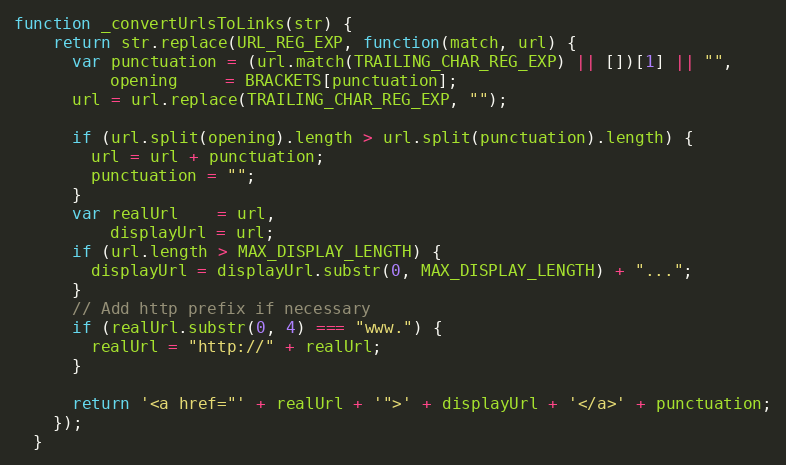
Language: JavaScript
function _convertUrlsToLinks(str) {
    return str.replace(URL_REG_EXP, function(match, url) {
      var punctuation = (url.match(TRAILING_CHAR_REG_EXP) || [])[1] || "",
          opening     = BRACKETS[punctuation];
      url = url.replace(TRAILING_CHAR_REG_EXP, "");

      if (url.split(opening).length > url.split(punctuation).length) {
        url = url + punctuation;
        punctuation = "";
      }
      var realUrl    = url,
          displayUrl = url;
      if (url.length > MAX_DISPLAY_LENGTH) {
        displayUrl = displayUrl.substr(0, MAX_DISPLAY_LENGTH) + "...";
      }
      // Add http prefix if necessary
      if (realUrl.substr(0, 4) === "www.") {
        realUrl = "http://" + realUrl;
      }

      return '<a href="' + realUrl + '">' + displayUrl + '</a>' + punctuation;
    });
  }